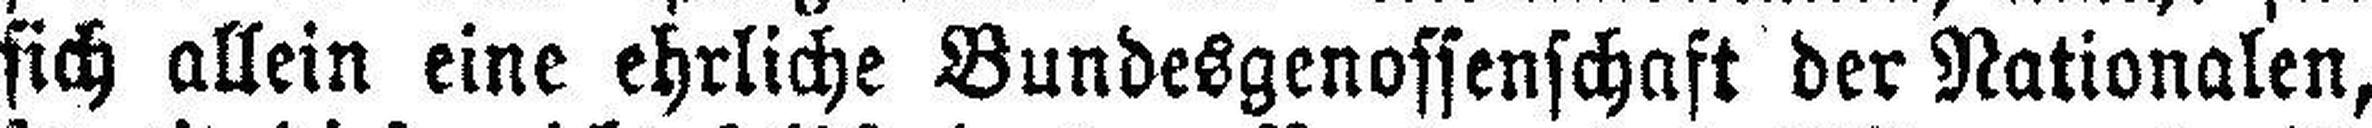
sich allein eine ehrliche Bundesgenossenschaft der Nationalen,